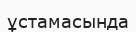
ұстамасында